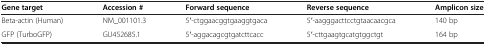
| Gene target | Accession # | Forward sequence | Reverse sequence | Amplicon size |
 | --- | --- | --- | --- | --- |
 | Beta-actin (Human) | NM_001101.3 | 5′-ctggaacggtgaaggtgaca | 5′-aagggacttcctgtaacaacgca | 140 bp |
 | GFP (TurboGFP) | GU452685.1 | 5′-aggacagcgtgatcttcacc | 5′-cttgaagtgcatgtggctgt | 164 bp |